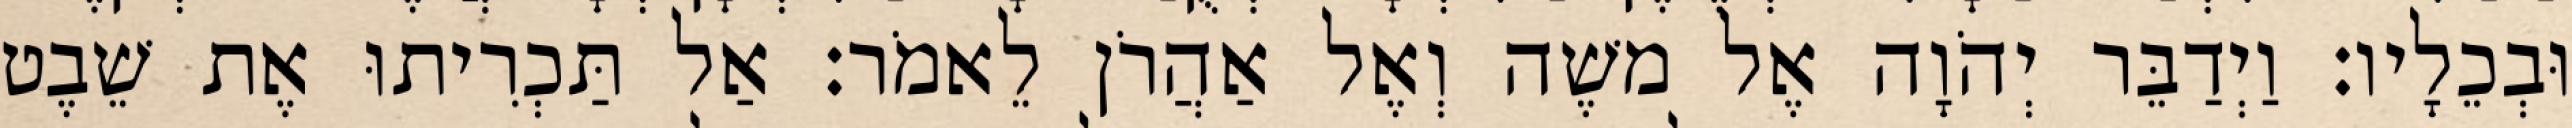
וּבְכֵלָיו׃ וַיְדַבֵּר יְהֹוָה אֶל משֶׁה וְאֶל אַהֲרֹן לֵאמֹר׃ אַל תַּכְרִיתוּ אֶת שֵׁבֶט